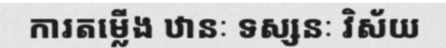
ការតម្លើង ឋានៈ ទស្សនៈ វិស័យ